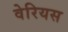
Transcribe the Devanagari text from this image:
वेरियस